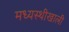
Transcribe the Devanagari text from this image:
मध्यस्थीखाली